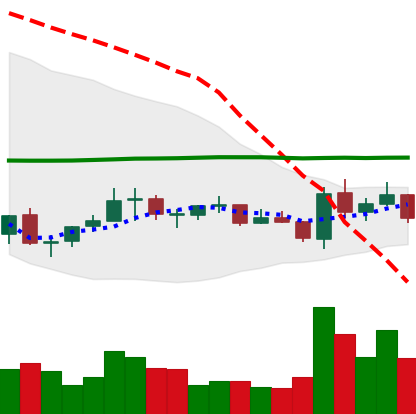
Ticker: EOS-USD
Chart end date: 2021-07-13
Forward return: -6.179%
Label: down_5_7